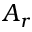
A _ { r }